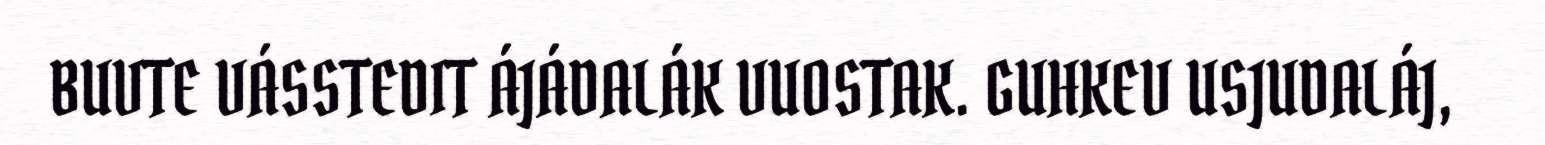
BUVTE VÁSSTEDIT ÁJÁDALÁK VUOSTAK. GUHKEV USJUDALÁJ,